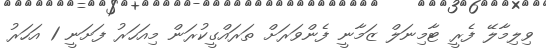
ވިލިމާލޭ ފެރީ ޓާމިނަލް ޒަމާނީ ފެންވަރަށް ތަރައްގީކުރަން މިއަހަރު ފަށަނީ 1 އަހަރު